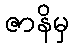
ဇာနိမှ